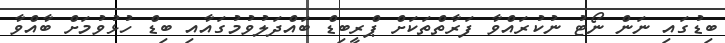
ބިޑުގައި ނަން ނޯޓު ނުކުރައްވާ ފަރާތްތަކަށް ޕްރީބިޑް ބައްދަލުވުމުގައާއި ބިޑް ހުޅުވުމަށް ބާއްވާ